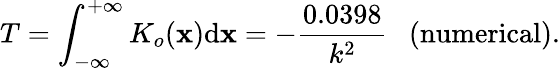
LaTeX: T=\int_{-\infty}^{+\infty}K_{o}(\mathbf{x})\mathrm{d}\mathbf{x}=-\frac{{0.0398}}{{k^{2}}}\ \ \ \mathrm{{(numerical)}}.